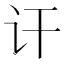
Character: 讦